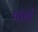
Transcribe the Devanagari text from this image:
पांतों